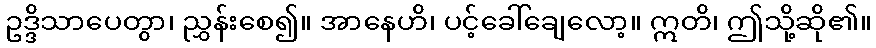
ဥဒ္ဒိသာပေတွာ၊ ညွှန်းစေ၍။ အာနေဟိ၊ ပင့်ခေါ်ချေလော့။ ဣတိ၊ ဤသို့ဆို၏။